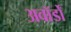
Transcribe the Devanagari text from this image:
अवॉर्डों